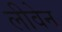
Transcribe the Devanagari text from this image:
लीवेन